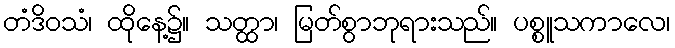
တံဒိဝသံ၊ ထိုနေ့၌။ သတ္ထာ၊ မြတ်စွာဘုရားသည်။ ပစ္စူသကာလေ၊